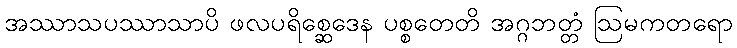
အဿာသပဿာသာပိ ဖလပရိစ္ဆေဒေန ပစ္စတေတိ အဂ္ဂဘတ္တံ ဩမကတရော